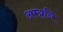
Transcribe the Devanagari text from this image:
अम्य्र्नि